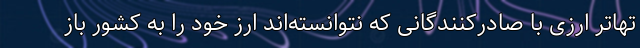
تهاتر ارزی با صادرکنندگانی که نتوانسته‌اند ارز خود را به کشور باز